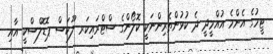
ޓީމުގެ އެންމެ އުއްމީދީ ދެ ކުޅުންތެރިންނަކީ ކޮލޯންގެ ސްޓްރައިކަރ ލޫކަސް ޕޮޑޮލްސްކީ އާއި